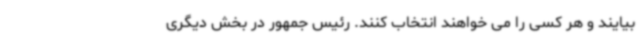
بیایند و هر کسی را می خواهند انتخاب کنند. رئیس جمهور در بخش دیگری